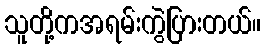
သူတို့ကအရမ်းကွဲပြားတယ်။